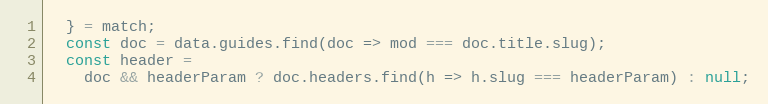
Language: JavaScript
  } = match;
  const doc = data.guides.find(doc => mod === doc.title.slug);
  const header =
    doc && headerParam ? doc.headers.find(h => h.slug === headerParam) : null;